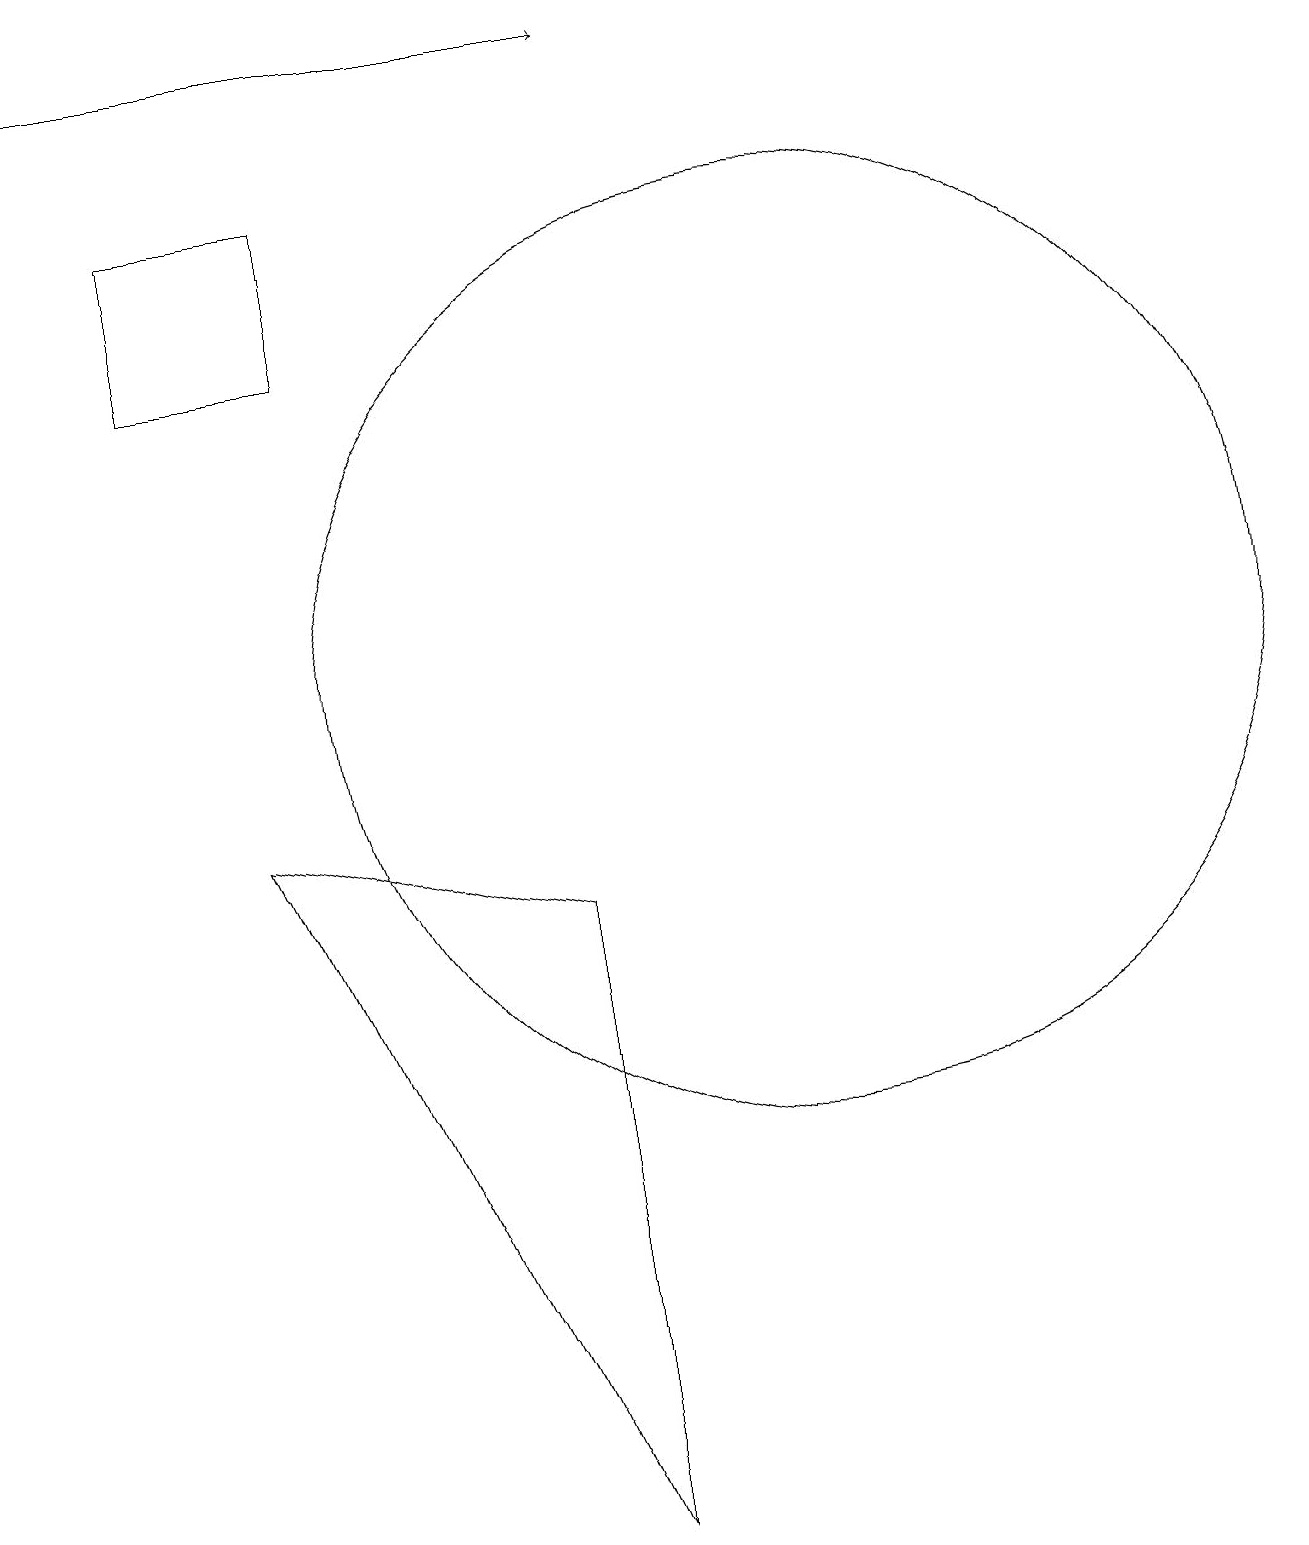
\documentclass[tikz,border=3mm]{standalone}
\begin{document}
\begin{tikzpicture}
\draw (5,15) rectangle (3,17);
\draw[->] (1,19) -- (9,19);
\draw (11,11) circle (6);
\draw (4,9) -- (8,8) -- (8,0) -- cycle;
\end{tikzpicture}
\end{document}